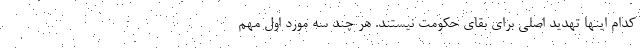
کدام اینها تهدید اصلی برای بقای حکومت نیستند. هر چند سه مورد اول مهم